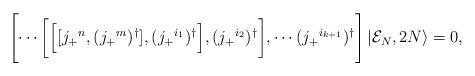
LaTeX: \begin{align*}\Biggl [ \cdots \biggl [ \Bigl [ [j_+{}^n, (j_+{}^m)^\dagger ], (j_+{}^{i_{1}})^\dagger \Bigr ], (j_+{}^{i_{2}})^\dagger \biggr ],\cdots (j_+{}^{i_{k+1}})^\dagger \Biggr] \left |{\cal E}_N,2N \right \rangle =0 ,\end{align*}